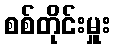
စစ်တိုင်းမှူး